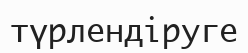
түрлендіруге